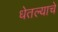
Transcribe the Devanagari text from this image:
धेतल्याचे